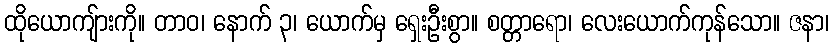
ထိုယောကျ်ားကို။ တာဝ၊ နောက် ၃၊ ယောက်မှ ရှေးဦးစွာ။ စတ္တာရော၊ လေးယောက်ကုန်သော။ ဇနာ၊